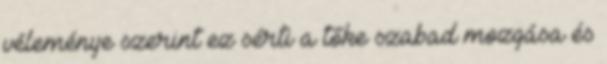
véleménye szerint ez sérti a tőke szabad mozgása és